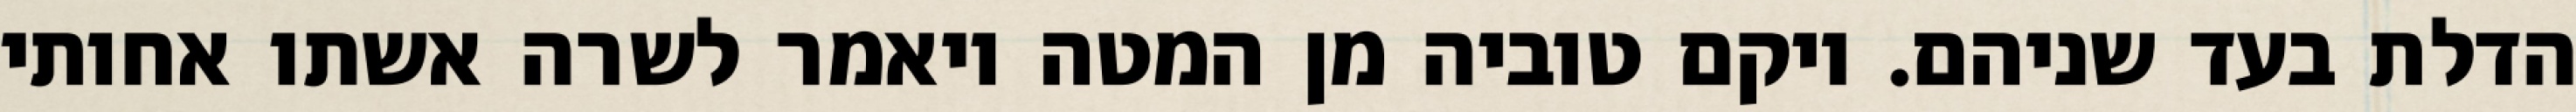
הדלת בעד שניהם. ויקם טוביה מן המטה ויאמר לשרה אשתו אחותי